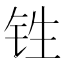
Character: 𰽫